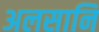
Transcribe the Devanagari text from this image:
अलसानि